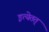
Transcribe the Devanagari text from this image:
इत्येतत्